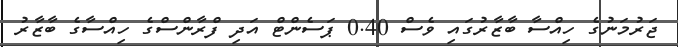
ޖަރުމަނުގެ ހިއްސާ ބާޒާރުގައި ވެސް 0.40 ޕަސެންޓް އަދި ފްރާންސްގެ ހިއްސާގެ ބާޒާރު